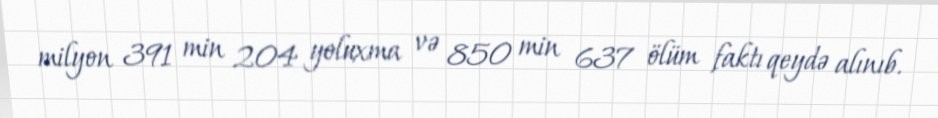
milyon 391 min 204 yoluxma və 850 min 637 ölüm faktı qeydə alınıb.